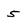
Character: 5